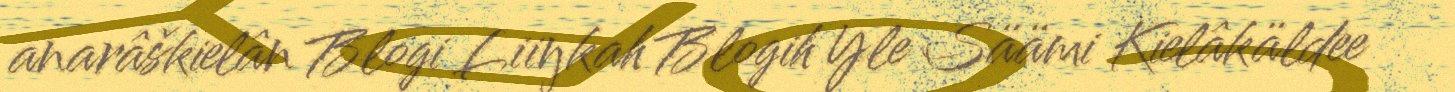
anarâškielân Blogi Liiŋkah Blogih Yle Säämi Kielâkäldee